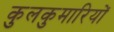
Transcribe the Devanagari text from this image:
कुलकुमारियों